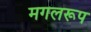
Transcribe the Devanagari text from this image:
मगलरूप